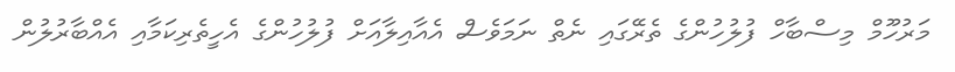
މަރުހޫމް މިސްބާހް ފުލުހުންގެ ތެރޭގައި ނެތް ނަމަވެސް އެއާއިލާއަށް ފުލުހުންގެ އެހީތެރިކަމާއި އެއްބާރުލުން